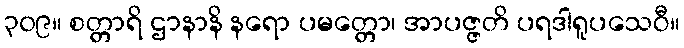
၃၀၉။ စတ္တာရိ ဌာနာနိ နရော ပမတ္တော၊ အာပဇ္ဇတိ ပရဒါရူပသေဝီ။